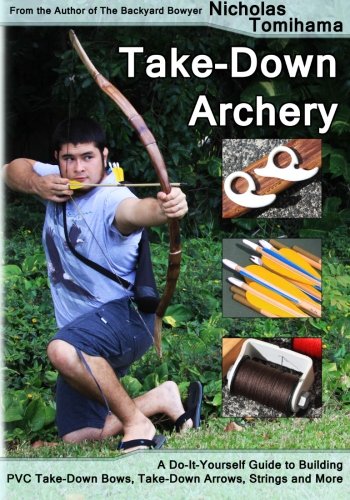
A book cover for Take-Down Archery: A Do-It-Yourself Guide to Building PVC Take-Down Bows, Take-Down Arrows, Strings and More; Nicholas Tomihama; Sports & Outdoors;